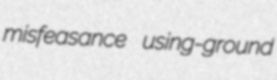
misfeasance using-ground